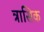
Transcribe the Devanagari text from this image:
त्रासिक